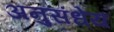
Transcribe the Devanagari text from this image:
अनुसंधेय